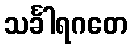
သင်္ခါရဂတေ